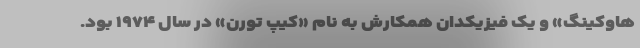
هاوکینگ» و یک فیزیکدان همکارش به نام «کیپ تورن» در سال ۱۹۷۴ بود.